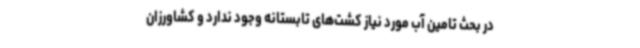
در بحث تامین آب مورد نیاز کشت‌های تابستانه وجود ندارد و کشاورزان